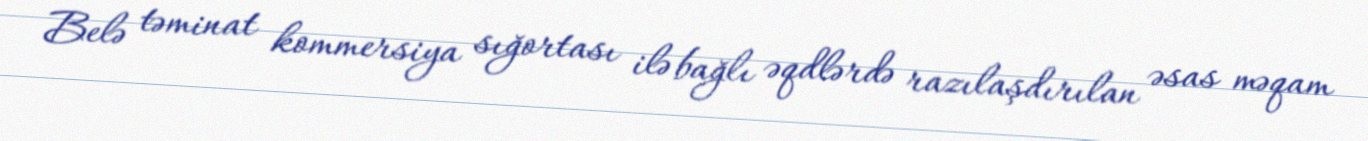
Belə təminat kommersiya sığortası ilə bağlı əqdlərdə razılaşdırılan əsas məqam